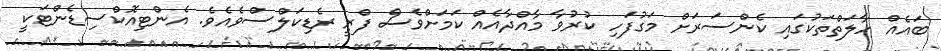
ބައެއް ހާލަތްތަކުގައި ކެންސަރަށް މަގުފަހި ކުރުވާ މާއްދާއެއް ކަމަށްވެސް ފްރީ ރެޑިކަލްސްވެއެވެ. އެންޓިއޮކްސިޑެންޓަކީ